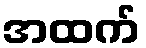
အထက်